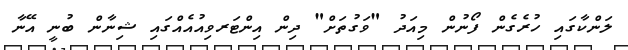
ލަންކާގައި ހުރެގެން ފޯނުން މިއަދު "ވަގުތަށް" ދިން އިންޓަރވިއުއެއްގައި ޝިނާން ބުނީ އޭނާ